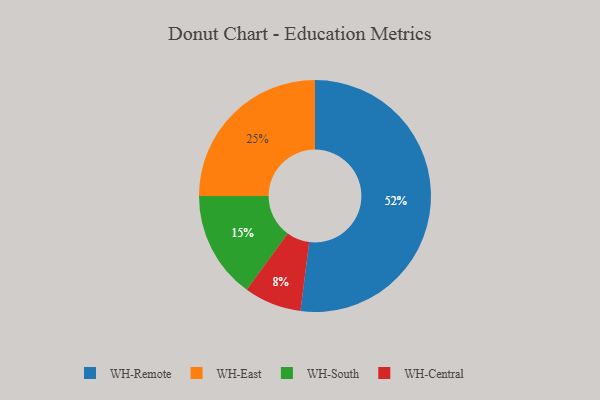
{"axis": {"x": "Category", "y": "Percentage"}, "legend": ["WH-Central", "WH-East", "WH-Remote", "WH-South"], "data": [{"x": "WH-Central", "y": 8, "type": "WH-Central"}, {"x": "WH-Remote", "y": 52, "type": "WH-Remote"}, {"x": "WH-East", "y": 25, "type": "WH-East"}, {"x": "WH-South", "y": 15, "type": "WH-South"}]}